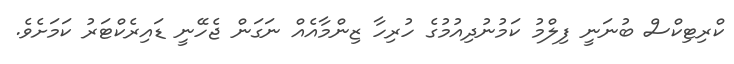
ކްރިޓިކްސް ބުނަނީ ފިލްމު ކަމުނުދިއުމުގެ ހުރިހާ ޒިންމާއެއް ނަގަން ޖެހޭނީ ޑައިރެކްޓަރު ކަމަށެވެ.